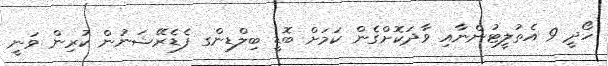
ހޯދީ 9 އެތުލީޓުންނާއި ވާދަކޮށްގެން ކަމަށް ބޮޑީ ބިލްޑިންގ ފެޑެރޭޝަނުން ކުރިން ވަނީ